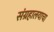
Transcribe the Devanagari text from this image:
संग्रहालयाचा